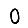
Digit: 0